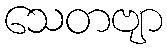
သေတဗျာ